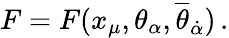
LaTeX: F=F(x_{\mu},\theta_{\alpha},{\overline{{\theta}}}_{\dot{\alpha}})\, .